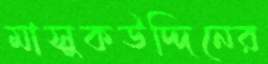
মাসুকউদ্দিনের